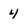
Character: 4